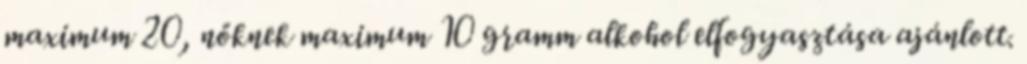
maximum 20, nőknek maximum 10 gramm alkohol elfogyasztása ajánlott.